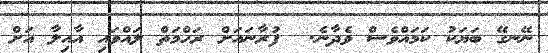
ނޭނގޭ ބަޔަކު ކަމައްވެސް ވެދާނެ.  ފުރާނައަށް ރަހްމަތް ލައްވައި އާއިލާ އަށް